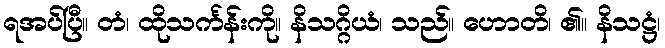
ရအပ်ပြီ။ တံ၊ ထိုသင်္ကန်းကို။ နိသဂ္ဂိယံ၊ သည်။ ဟောတိ၊ ၏။ နိသဋ္ဌံ၊